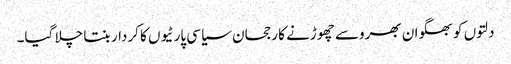
دلتوں کو بھگوان بھروسے چھوڑنے کا رجحان سیاسی پارٹیوں کا کردار بنتا چلا گیا۔